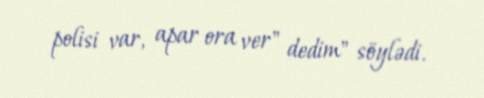
polisi var, apar ora ver" dedim" söylədi.